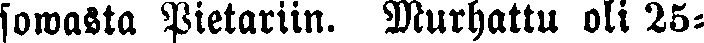
sowasta Pietariin. Murhattu oli 25-